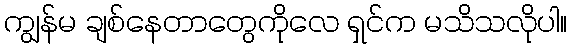
ကျွန်မ ချစ်နေတာတွေကိုလေ ရှင်က မသိသလိုပါ။